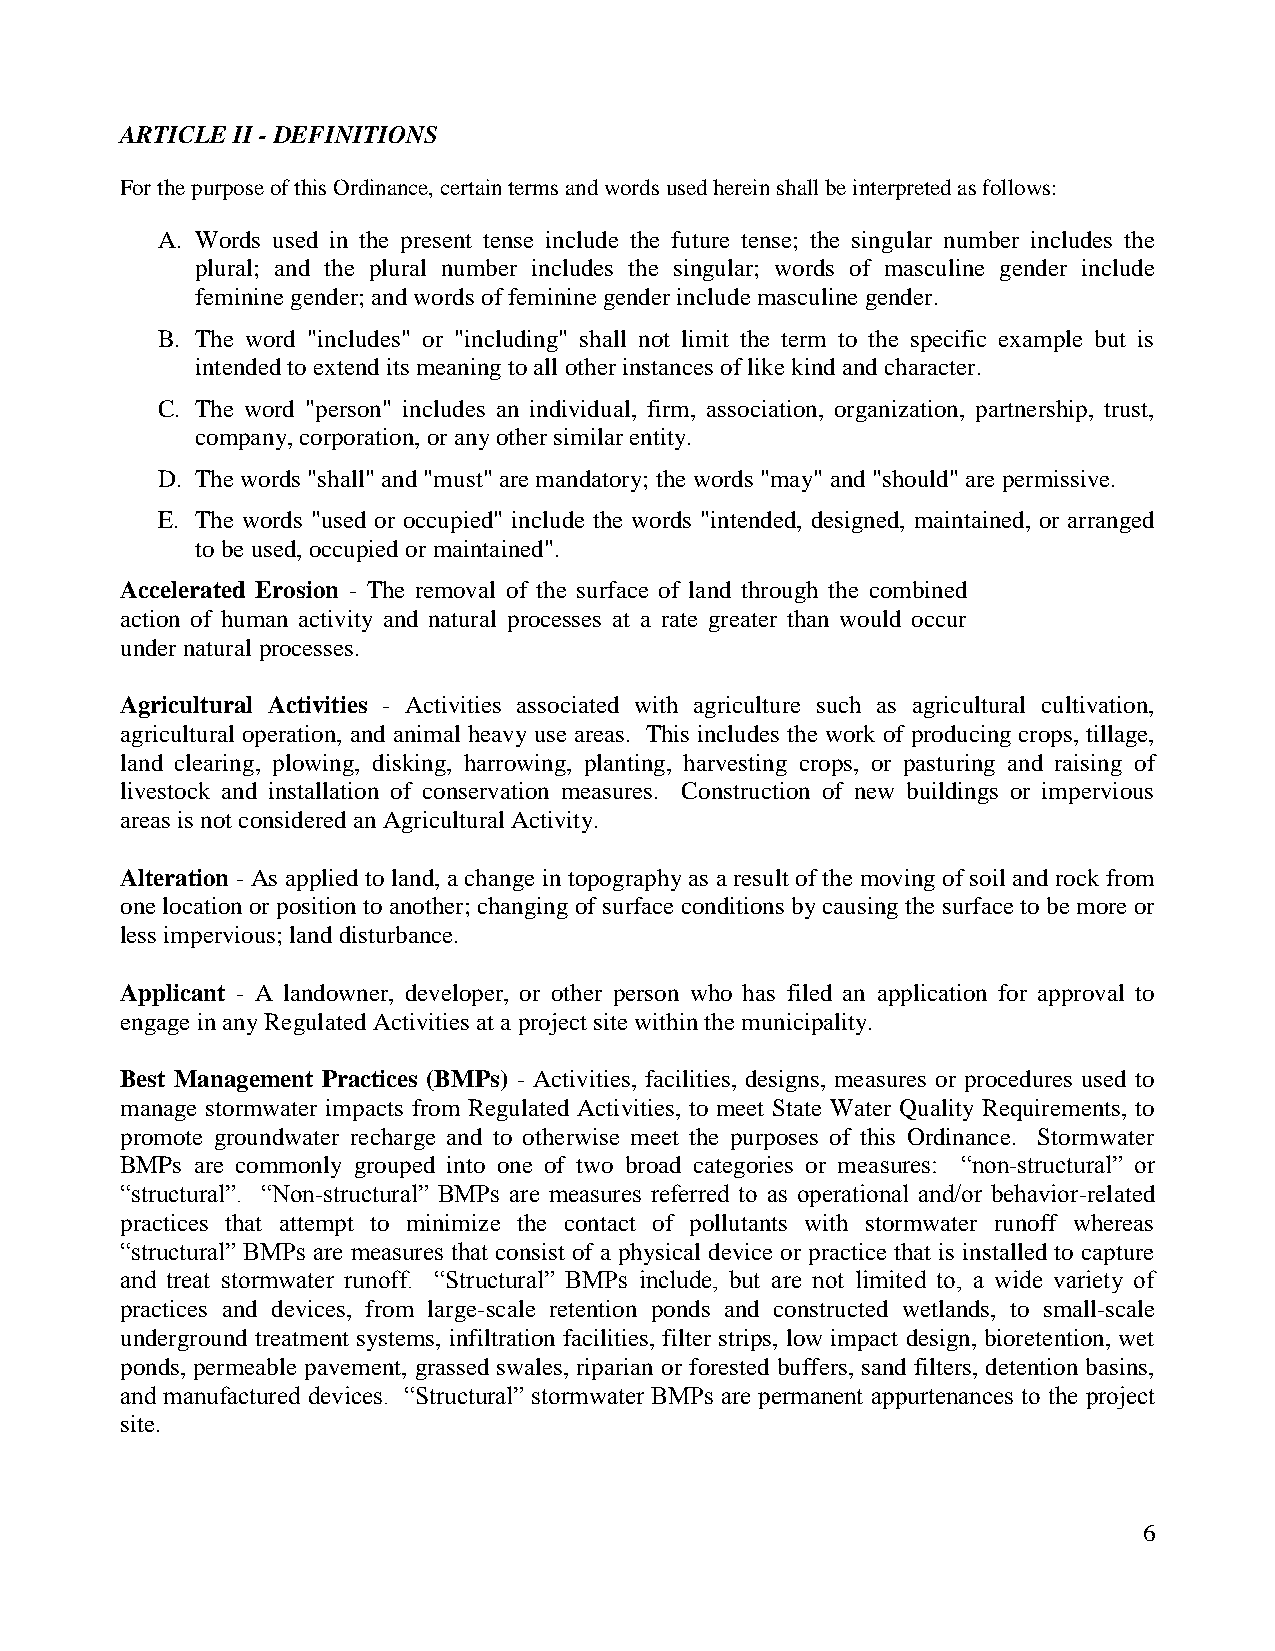
ARTICLE II - DEFINITIONS
 For the purpose of this Ordinance, certain terms and words used herein shall be interpreted as follows:
 A. Words used in the present tense include the future tense; the singular number includes the
 plural; and the plural number includes the singular; words of masculine gender include
 feminine gender; and words of feminine gender include masculine gender.
 B. The word "includes" or "including" shall not limit the term to the specific example but is
 intended to extend its meaning to all other instances of like kind and character.
 C. The word "person" includes an individual, firm, association, organization, partnership, trust,
 company, corporation, or any other similar entity.
 D. The words "shall" and "must" are mandatory; the words "may" and "should" are permissive.
 E. The words "used or occupied" include the words "intended, designed, maintained, or arranged
 to be used, occupied or maintained".
 Accelerated Erosion - The removal of the surface of land through the combined
 action of human activity and natural processes at a rate greater than would occur
 under natural processes.
 Agricultural Activities - Activities associated with agriculture such as agricultural cultivation,
 agricultural operation, and animal heavy use areas. This includes the work of producing crops, tillage,
 land clearing, plowing, disking, harrowing, planting, harvesting crops, or pasturing and raising of
 livestock and installation of conservation measures. Construction of new buildings or impervious
 areas is not considered an Agricultural Activity.
 Alteration - As applied to land, a change in topography as a result of the moving of soil and rock from
 one location or position to another; changing of surface conditions by causing the surface to be more or
 less impervious; land disturbance.
 Applicant - A landowner, developer, or other person who has filed an application for approval to
 engage in any Regulated Activities at a project site within the municipality.
 Best Management Practices (BMPs) - Activities, facilities, designs, measures or procedures used to
 manage stormwater impacts from Regulated Activities, to meet State Water Quality Requirements, to
 promote groundwater recharge and to otherwise meet the purposes of this Ordinance. Stormwater
 BMPs are commonly grouped into one of two broad categories or measures: “non-structural” or
 “structural”. “Non-structural” BMPs are measures referred to as operational and/or behavior-related
 practices that attempt to minimize the contact of pollutants with stormwater runoff whereas
 “structural” BMPs are measures that consist of a physical device or practice that is installed to capture
 and treat stormwater runoff. “Structural” BMPs include, but are not limited to, a wide variety of
 practices and devices, from large-scale retention ponds and constructed wetlands, to small-scale
 underground treatment systems, infiltration facilities, filter strips, low impact design, bioretention, wet
 ponds, permeable pavement, grassed swales, riparian or forested buffers, sand filters, detention basins,
 and manufactured devices. “Structural” stormwater BMPs are permanent appurtenances to the project
 site.
 6